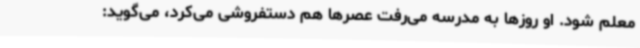
معلم شود. او روزها به مدرسه می‌رفت عصرها هم دستفروشی می‌کرد، می‌گوید: